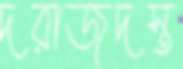
দরাজদস্ত